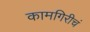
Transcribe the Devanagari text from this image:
कामगिरीचं